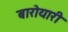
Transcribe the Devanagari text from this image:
बारोयारी